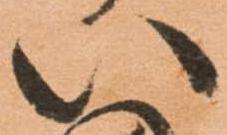
い